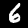
Digit: 6